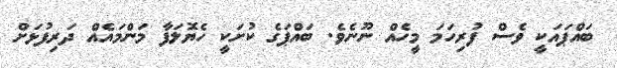
ބައްޕައަކީ ވެސް ފުރިހަމަ މީހެއް ނޫނެވެ. ބައްޕަގެ ކުށަކީ ހެޔޮލަފާ މަންމައެއް ދަރިފުޅަށް